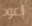
اعود